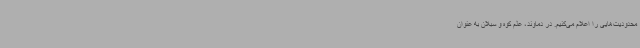
محدودیت‌هایی را اعلام می‌کنیم. در دماوند، علم کوه و سبلان به عنوان